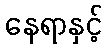
နေရာနှင့်